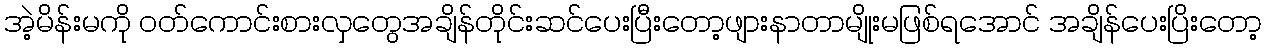
အဲ့မိန်းမကို ဝတ်ကောင်းစားလှတွေအချိန်တိုင်းဆင်ပေးပြီးတော့ဖျားနာတာမျိုးမဖြစ်ရအောင် အချိန်ပေးပြိးတော့